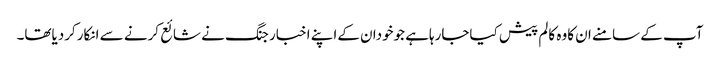
آپ کے سامنے ان کاوہ کالم پیش کیاجارہاہے جوخودان کےاپنے اخبار جنگ نے شائع کرنے سے انکارکردیاتھا۔